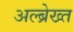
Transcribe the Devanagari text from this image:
अल्ब्रेख्त